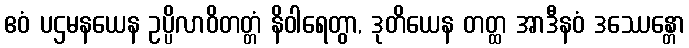
ဧဝံ ပဌမနယေန ဥပ္ပိလာဝိတတ္တံ နိဝါရေတွာ, ဒုတိယေန တတ္ထ အာဒီနဝံ ဒဿေန္တော